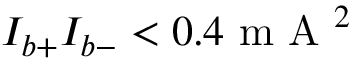
I _ { b + } I _ { b - } < 0 . 4 \mathrm { ~ m ~ A ~ } ^ { 2 }